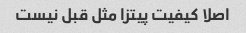
اصلا کیفیت پیتزا مثل قبل نیست